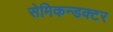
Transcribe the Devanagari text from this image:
सेमिकन्डक्टर